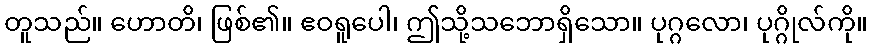
တူသည်။ ဟောတိ၊ ဖြစ်၏။ ဧဝရူပေါ၊ ဤသို့သဘောရှိသော။ ပုဂ္ဂလော၊ ပုဂ္ဂိုလ်ကို။